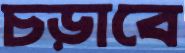
চড়াবে